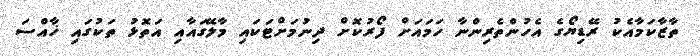
ތާޒާކަމާއެކު ރޭޑިޔޯގެ އެހުންތެރިންނާ ހަމައަށް ފޯރުކޮށް ދިނުމަށްޓަކައި މާލޭގައާއި އަތޮޅު ތަކުގައި ޚާއްސަ